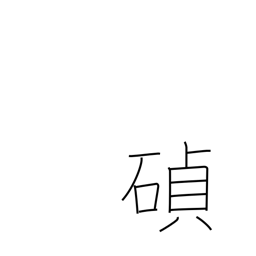
Meaning: cornerstone